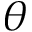
\theta